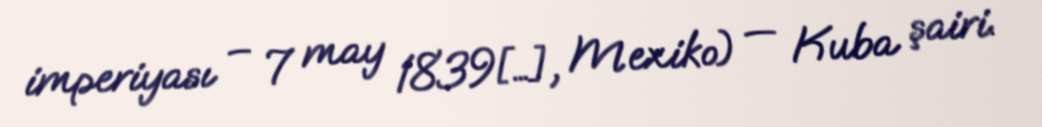
imperiyası – 7 may 1839[…], Mexiko) — Kuba şairi.